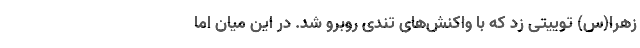
زهرا(س) توییتی زد که با واکنش‌‌های تندی روبرو شد. در این میان اما